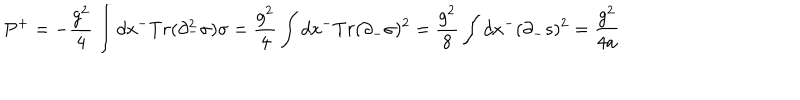
LaTeX: P ^ { + } = - { \frac { g ^ { 2 } } { 4 } } \int d x ^ { - } T r ( \partial _ { - } ^ { 2 } \sigma ) \sigma = { \frac { g ^ { 2 } } { 4 } } \int d x ^ { - } T r ( \partial _ { - } \sigma ) ^ { 2 } = { \frac { g ^ { 2 } } { 8 } } \int d x ^ { - } ( \partial _ { - } s ) ^ { 2 } = { \frac { g ^ { 2 } } { 4 a } }